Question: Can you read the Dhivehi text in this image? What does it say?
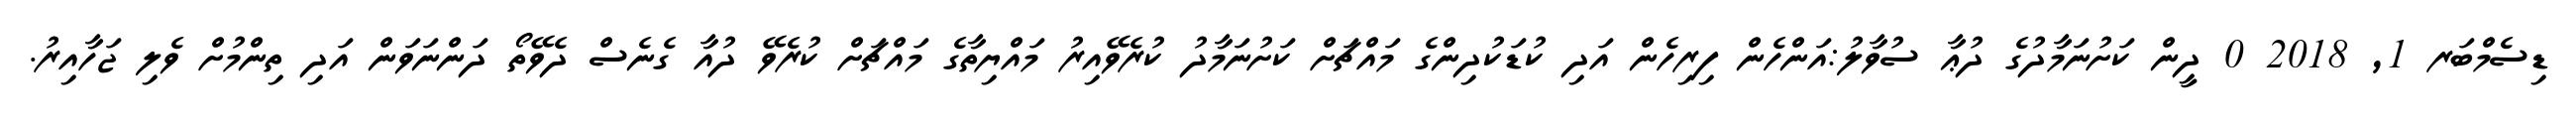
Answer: ޑިސެމްބަރ 1, 2018 0 ދީން ކަށުނަމާދުގެ ދުޢާ ސުވާލު:އަންހެން ފިރިހެން އަދި ކުޑަކުދިންގެ މައްޗަށް ކަށުނަމާދު ކުރެވޭއިރު މައްޔިތާގެ މައްޗަށް ކުރެވޭ ދުއާ ގެނެސް ދެވޭތޯ ދަންނަވަން އަދި ތިންމުށް ވެލި ޖަހާއިރު.